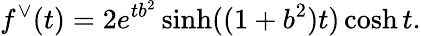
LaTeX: f^{\vee}(t)=2e^{tb^{2}}\sinh((1+b^{2})t)\cosh t.